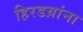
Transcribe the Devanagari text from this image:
हिरडय़ांना